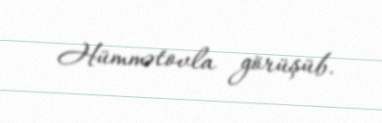
Hümmətovla görüşüb.